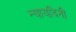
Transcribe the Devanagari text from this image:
न्यायदिनी